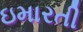
ઇમારતી